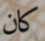
كان